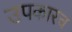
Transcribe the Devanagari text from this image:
उपकारच